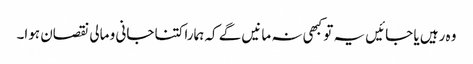
وہ رہیں یا جائیں یہ تو کبھی نہ مانیں گے کہ ہمارا کتنا جانی و مالی نقصان ہوا۔